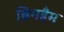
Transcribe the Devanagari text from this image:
ब्रिगहैम